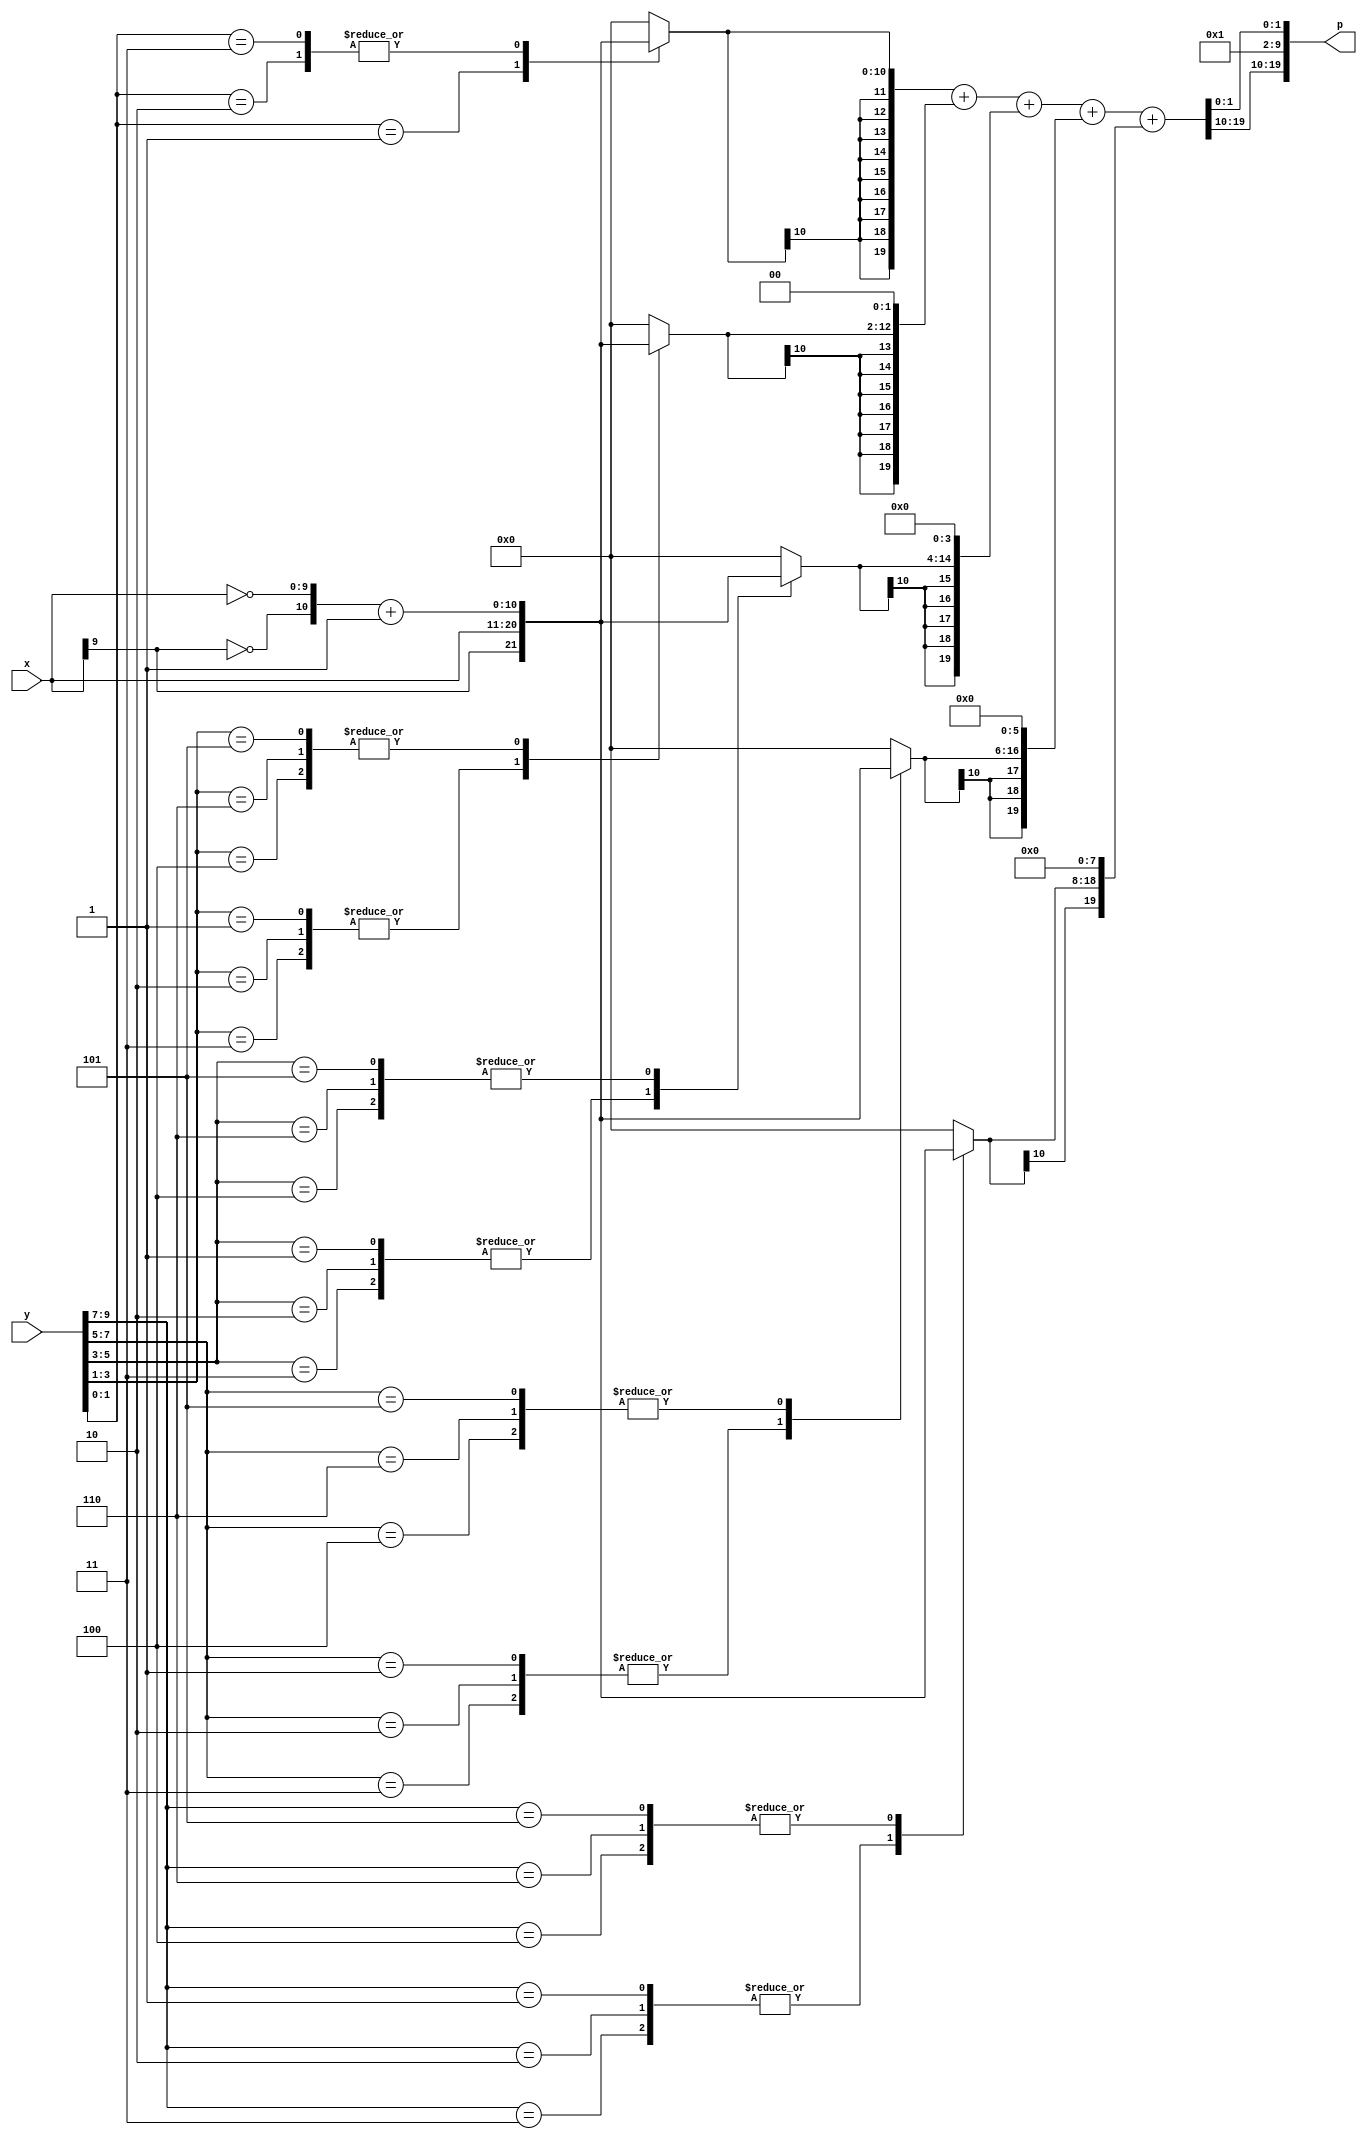
`timescale 10ms / 1ms

module radix4approx10bit(p,x,y);         //8 bit multiplier to give 32 bit product

parameter N = 10;   //size of muliplicant and multiplier
parameter K = N/2;  //

input   [N-1 : 0]   x,y;
output  [N+N-1:0]   p;

reg [2:0]   bits    [K-1:0];
//reg [2:0]   MBE     [K-1:0];


reg [N:0]       PP      [K-1:0];
reg [N+N-1:0]   ACC     [K-1:0];
reg [N+N-1:0]   ANS;

integer i , j;

wire [N:0] xbar;
assign xbar = {~x[N-1], ~x} + 1'b1;         //2's complement retaining the sign bit

always@(*)

begin
    bits[0] = {y[1],y[0],1'b0};             //setting last bit -1 as 0

    for(i=1; i<K; i=i+1)
        bits[i] = {y[2*i+1], y[2*i], y[2*i-1]};


    for(i=0; i<K; i=i+1)
        begin
            case(bits[i])

            //3'b000, 3'b111: MBE[i] = 3'b001;

            3'b001, 3'b010, 3'b011:         //adding the case of +2A 
            begin
                //MBE[i] = 3'b000; 
                PP[i] = {x[N-1], x};
            end

            
            3'b101, 3'b110, 3'b100:         //adding the case of -2A
            begin 
                //MBE[i] = 3'b100;
                PP[i] = xbar;
            end
         
            default: 
            begin
                //MBE[i] = 3'b001;
                PP[i]  = 0;
            end

            endcase

            ACC[i] = $signed(PP[i]);        //sign extension

            for(j=0; j<i; j=j+1)
                ACC[i] = {ACC[i],2'b00};        //shifting

            
        end

    ANS = ACC[0];

    for(i=1; i<K; i=i+1)
        ANS = ANS+ACC[i];

    ANS[9:2] = 1'b1;            //hybrid approximation          //doesnt make much difference
    //ANS = {ANS[N+N-1],ANS[N+N-3:0],1'b0};
    
end


assign p = ANS;

endmodule